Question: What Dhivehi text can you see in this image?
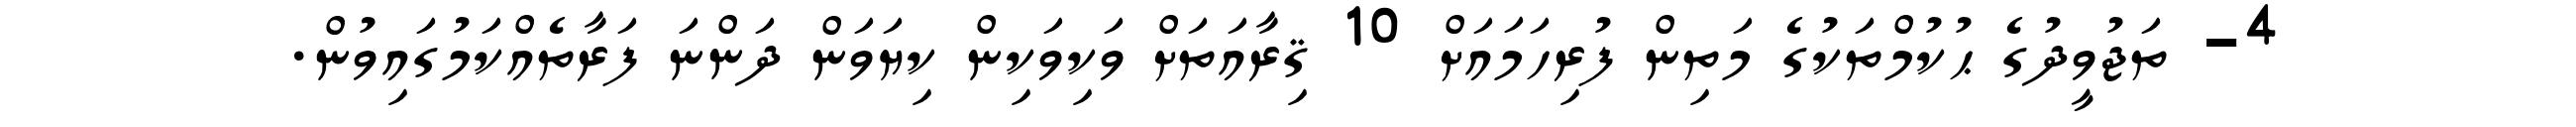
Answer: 4- ތަޖުވީދުގެ ޙުކުމްތަކުގެ މަތިން ފުރިހަމައަށް 10 ޤިރާއަތަށް ވަކިވަކިން ކިޔަވަން ދަންނަ ފަރާތެއްކަމުގައިވުން.